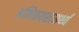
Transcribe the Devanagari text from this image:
अभिनयसामर्थ्य